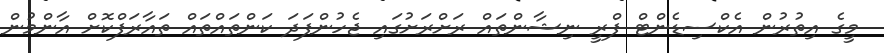
މީގެ އިތުރުން އެކްސިޑެންޓް ފްރީ ނިޝާންތައް ރަށްރަށުގައި ޖެހުންފަދަ ކަންތައްތައް ތައާރަފްކޮށް އާންމުން